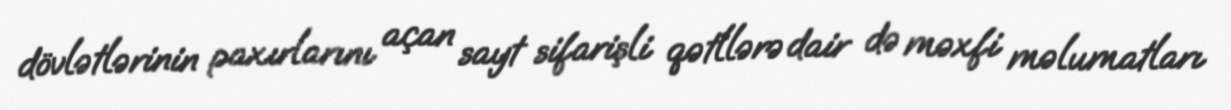
dövlətlərinin paxırlarını açan sayt sifarişli qətllərə dair də məxfi məlumatları